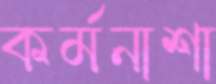
কর্মনাশা